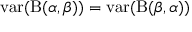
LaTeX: \operatorname { v a r } ( \mathrm { B } ( \alpha , \beta ) ) = \operatorname { v a r } ( \mathrm { B } ( \beta , \alpha ) )